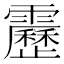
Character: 靂